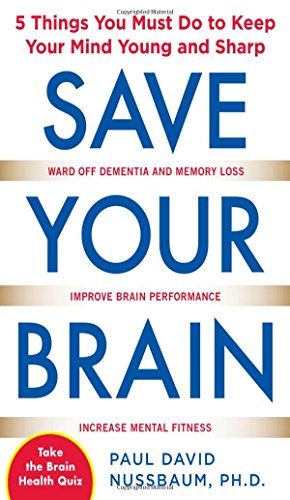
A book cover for Save Your Brain: The 5 Things You Must Do to Keep Your Mind Young and Sharp; Paul Nussbaum; Self-Help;